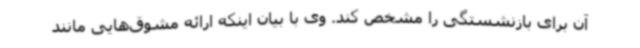
آن برای بازنشستگی را مشخص کند. وی با بیان اینکه ارائه مشوق‌هایی مانند